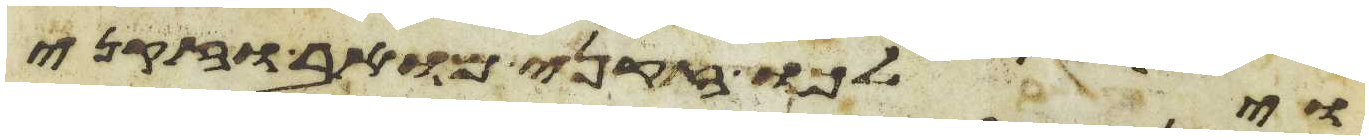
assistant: וילכו זקני מואב וזקני